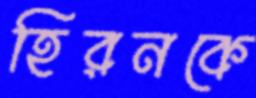
হিরনকে